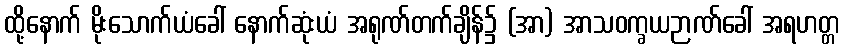
ထို့နောက် မိုးသောက်ယံခေါ် နောက်ဆုံးယံ အရုဏ်တက်ချိန်၌ (အာ) အာသဝက္ခယဉာဏ်ခေါ် အရဟတ္တ